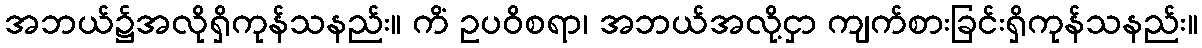
အဘယ်၌အလိုရှိကုန်သနည်း။ ကိံ ဥပဝိစရာ၊ အဘယ်အလို့ငှာ ကျက်စားခြင်းရှိကုန်သနည်း။